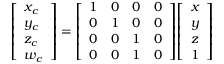
{ \left[ \begin{array} { l } { x _ { c } } \\ { y _ { c } } \\ { z _ { c } } \\ { w _ { c } } \end{array} \right] } = { \left[ \begin{array} { l l l l } { 1 } & { 0 } & { 0 } & { 0 } \\ { 0 } & { 1 } & { 0 } & { 0 } \\ { 0 } & { 0 } & { 1 } & { 0 } \\ { 0 } & { 0 } & { 1 } & { 0 } \end{array} \right] } { \left[ \begin{array} { l } { x } \\ { y } \\ { z } \\ { 1 } \end{array} \right] }